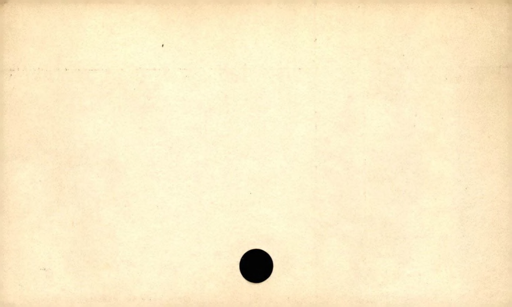
Label: blank